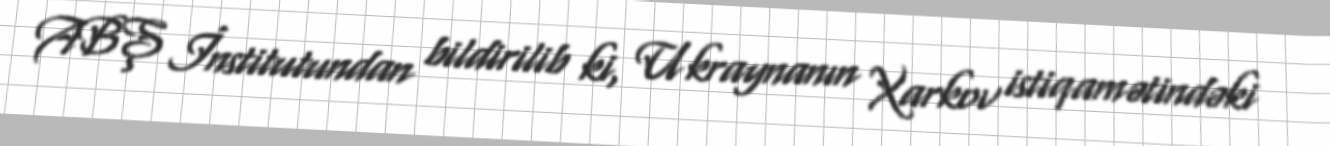
ABŞ İnstitutundan bildirilib ki, Ukraynanın Xarkov istiqamətindəki